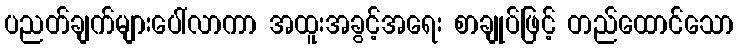
ပညတ်ချက်များပေါ်လာကာ အထူးအခွင့်အရေး စာချုပ်ဖြင့် တည်ထောင်သော